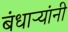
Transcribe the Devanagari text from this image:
बंधाऱ्यांनी